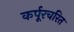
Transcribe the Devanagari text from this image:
कर्पूरचरित